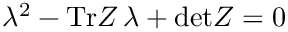
\lambda ^ { 2 } - \mathrm { T r } Z \, \lambda + \mathrm { d e t } Z = 0